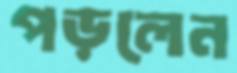
পড়লেন